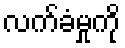
လက်ခံမှုကို